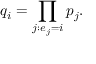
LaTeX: q _ { i } = \prod _ { j : e _ { j } = i } p _ { j } .